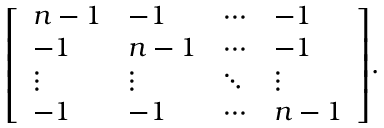
{ \left[ \begin{array} { l l l l } { n - 1 } & { - 1 } & { \cdots } & { - 1 } \\ { - 1 } & { n - 1 } & { \cdots } & { - 1 } \\ { \vdots } & { \vdots } & { \ddots } & { \vdots } \\ { - 1 } & { - 1 } & { \cdots } & { n - 1 } \end{array} \right] } .